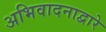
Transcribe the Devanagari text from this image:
अभिवादनाद्वारे